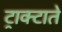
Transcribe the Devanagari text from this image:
ट्राक्टाते